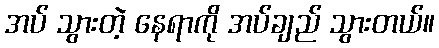
အပ် သွားတဲ့ နေရာကို အပ်ချည် သွားတယ်။